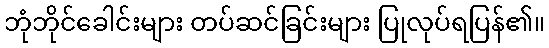
ဘုံဘိုင်ခေါင်းများ တပ်ဆင်ခြင်းများ ပြုလုပ်ရပြန်၏။